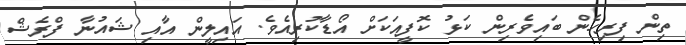
ތިން ފިރިހެން ބައިވެރިން ކަޅު ކޮފީއަކަށް އޯޑާކުރިއެވެ. އައިލީން އާއި ޝައުނާ ފްރެޝް